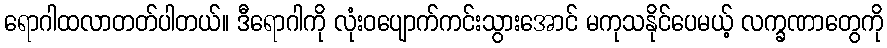
ရောဂါထလာတတ်ပါတယ်။ ဒီရောဂါကို လုံးဝပျောက်ကင်းသွားအောင် မကုသနိုင်ပေမယ့် လက္ခဏာတွေကို